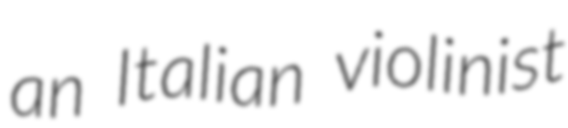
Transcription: an Italian violinist